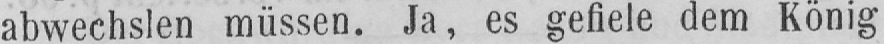
abwechslen müssen. Ja, es gefiele dem König